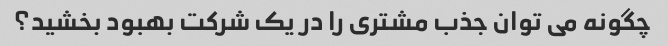
چگونه می توان جذب مشتری را در یک شرکت بهبود بخشید؟